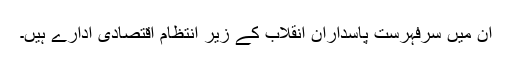
ان میں سرِفہرست پاسداران انقلاب کے زیر انتظام اقتصادی ادارے ہیں۔